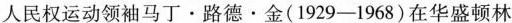
人民权运动领袖马丁\cdot 路德\cdot 金(1929-1968)在华盛顿林